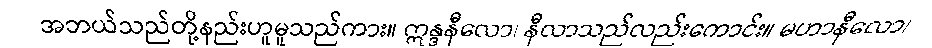
အဘယ်သည်တို့နည်းဟူမူသည်ကား။ ဣန္ဒနီလော၊ နီလာသည်လည်းကောင်း။ မဟာနီလော၊